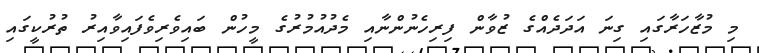
މި މުޒާހަރާގައި ގިނަ އަދަދެއްގެ ޒުވާން ފިރިހެނުންނާއި މެދުއުމުރުގެ މީހުން ބައިވެރިވެފައިވާއިރު ތުރުކީގައި